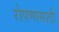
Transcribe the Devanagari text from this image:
रोपणासाठी